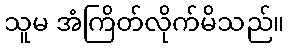
သူမ အံကြိတ်လိုက်မိသည်။